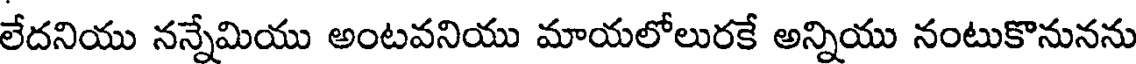
లేదనియు నన్నేమియు అంటవనియు మాయలోలురకే అన్నియు నంటుకొనునను